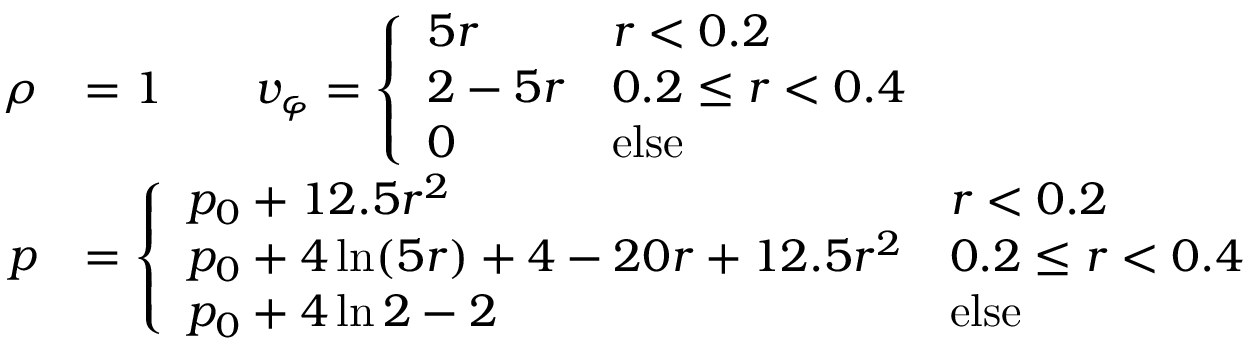
\begin{array} { r l } { \rho } & { = 1 \qquad v _ { \varphi } = \left\{ \begin{array} { l l } { 5 r } & { r < 0 . 2 } \\ { 2 - 5 r } & { 0 . 2 \leq r < 0 . 4 } \\ { 0 } & { \mathrm { e l s e } } \end{array} \right. } \\ { p } & { = \left\{ \begin{array} { l l } { p _ { 0 } + 1 2 . 5 r ^ { 2 } } & { r < 0 . 2 } \\ { p _ { 0 } + 4 \ln ( 5 r ) + 4 - 2 0 r + 1 2 . 5 r ^ { 2 } } & { 0 . 2 \leq r < 0 . 4 } \\ { p _ { 0 } + 4 \ln 2 - 2 } & { \mathrm { e l s e } } \end{array} \right. } \end{array}